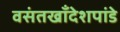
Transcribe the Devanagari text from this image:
वसंतखाँदेशपांडे